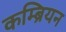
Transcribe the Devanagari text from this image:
कम्ब्रियन